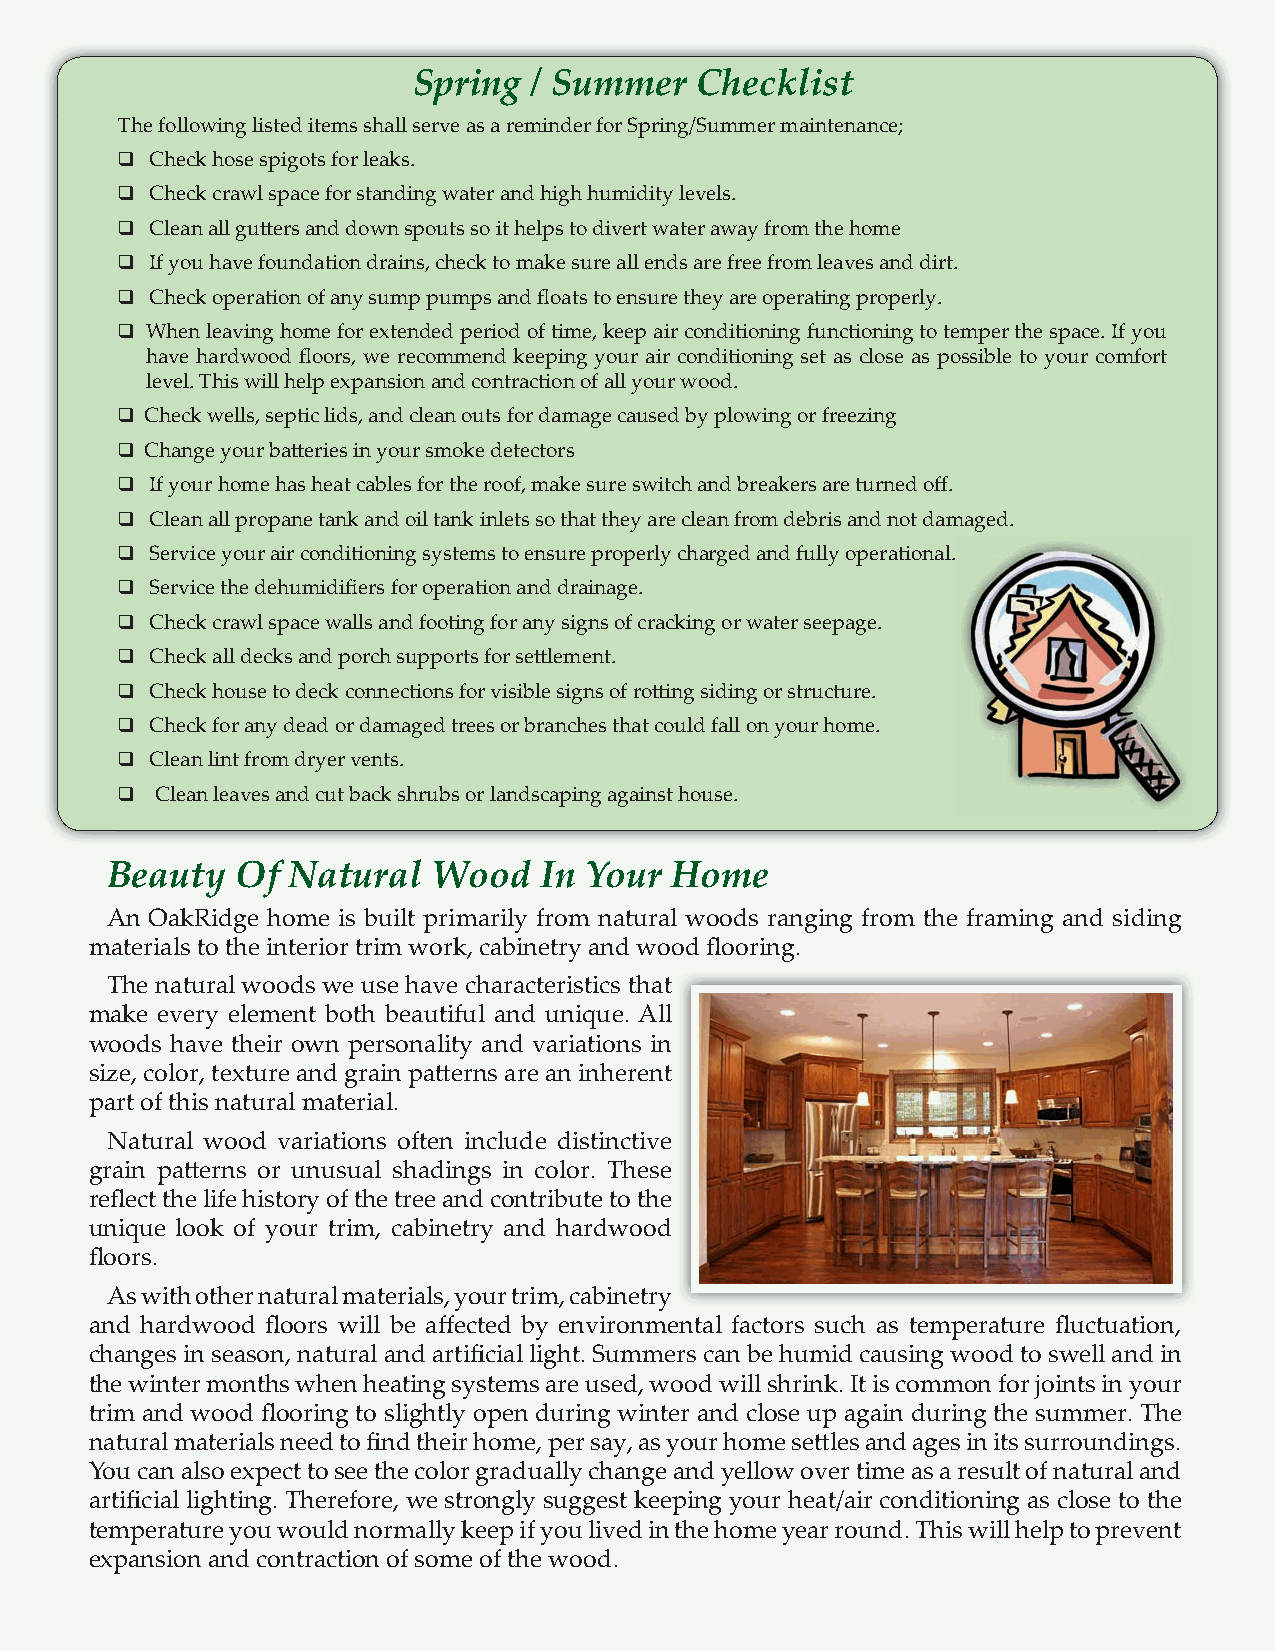
Spring  / Summer   Checklist
 The following listed items shall serve as a reminder for Spring/Summer maintenance;
 q Check hose spigots for leaks.
 q Check crawl space for standing water and high humidity levels.
 q Clean all gutters and down spouts so it helps to divert water away from the home
 q If you have foundation drains, check to make sure all ends are free from leaves and dirt.
 q Check operation of any sump pumps and floats to ensure they are operating properly.
 q When leaving home for extended period of time, keep air conditioning functioning to temper the space. If you
 have hardwood floors, we recommend keeping your air conditioning set as close as possible to your comfort
 level. This will help expansion and contraction of all your wood.
 q Check wells, septic lids, and clean outs for damage caused by plowing or freezing
 q Change your batteries in your smoke detectors
 q If your home has heat cables for the roof, make sure switch and breakers are turned off.
 q Clean all propane tank and oil tank inlets so that they are clean from debris and not damaged.
 q Service your air conditioning systems to ensure properly charged and fully operational.
 q Service the dehumidifiers for operation and drainage.
 q Check crawl space walls and footing for any signs of cracking or water seepage.
 q Check all decks and porch supports for settlement.
 q Check house to deck connections for visible signs of rotting siding or structure.
 q Check for any dead or damaged trees or branches that could fall on your home.
 q Clean lint from dryer vents.
 q Clean leaves and cut back shrubs or landscaping against house.
 Beauty   Of Natural   Wood   In Your Home
 An OakRidge home is built primarily from natural woods ranging from the framing and siding
 materials to the interior trim work, cabinetry and wood flooring.
 The natural woods we use have characteristics that
 make every element both beautiful and unique. All
 woods have their own personality and variations in
 size, color, texture and grain patterns are an inherent
 part of this natural material.
 Natural wood variations often include distinctive
 grain patterns or unusual shadings in color. These
 reflect the life history of the tree and contribute to the
 unique look of your trim, cabinetry and hardwood
 floors.
 As with other natural materials, your trim, cabinetry
 and hardwood floors will be affected by environmental factors such as temperature fluctuation,
 changes in season, natural and artificial light. Summers can be humid causing wood to swell and in
 the winter months when heating systems are used, wood will shrink. It is common for joints in your
 trim and wood flooring to slightly open during winter and close up again during the summer. The
 natural materials need to find their home, per say, as your home settles and ages in its surroundings.
 You can also expect to see the color gradually change and yellow over time as a result of natural and
 artificial lighting. Therefore, we strongly suggest keeping your heat/air conditioning as close to the
 temperature you would normally keep if you lived in the home year round. This will help to prevent
 expansion and contraction of some of the wood.